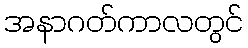
အနာဂတ်ကာလတွင်